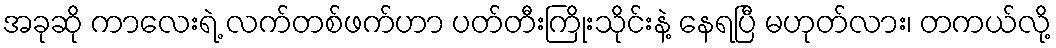
အခုဆို ကာလေးရဲ့ လက်တစ်ဖက်ဟာ ပတ်တီးကြိုးသိုင်းနဲ့ နေရပြီ မဟုတ်လား၊ တကယ်လို့